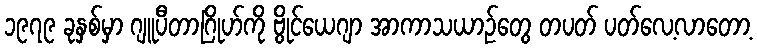
၁၉၇၉ ခုနှစ်မှာ ဂျူပီတာဂြိုဟ်ကို ဗွိုင်ယေဂျာ အာကာသယာဉ်တွေ တပတ် ပတ်လေ့လာတော့